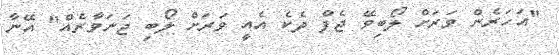
"އަހަރެން ވަރަށް ލޯބިވޭ ޖެފް ދެކެ އެއީ ވަރަށް ލޯބި ޖަނަވާރެއް" އޭނާ